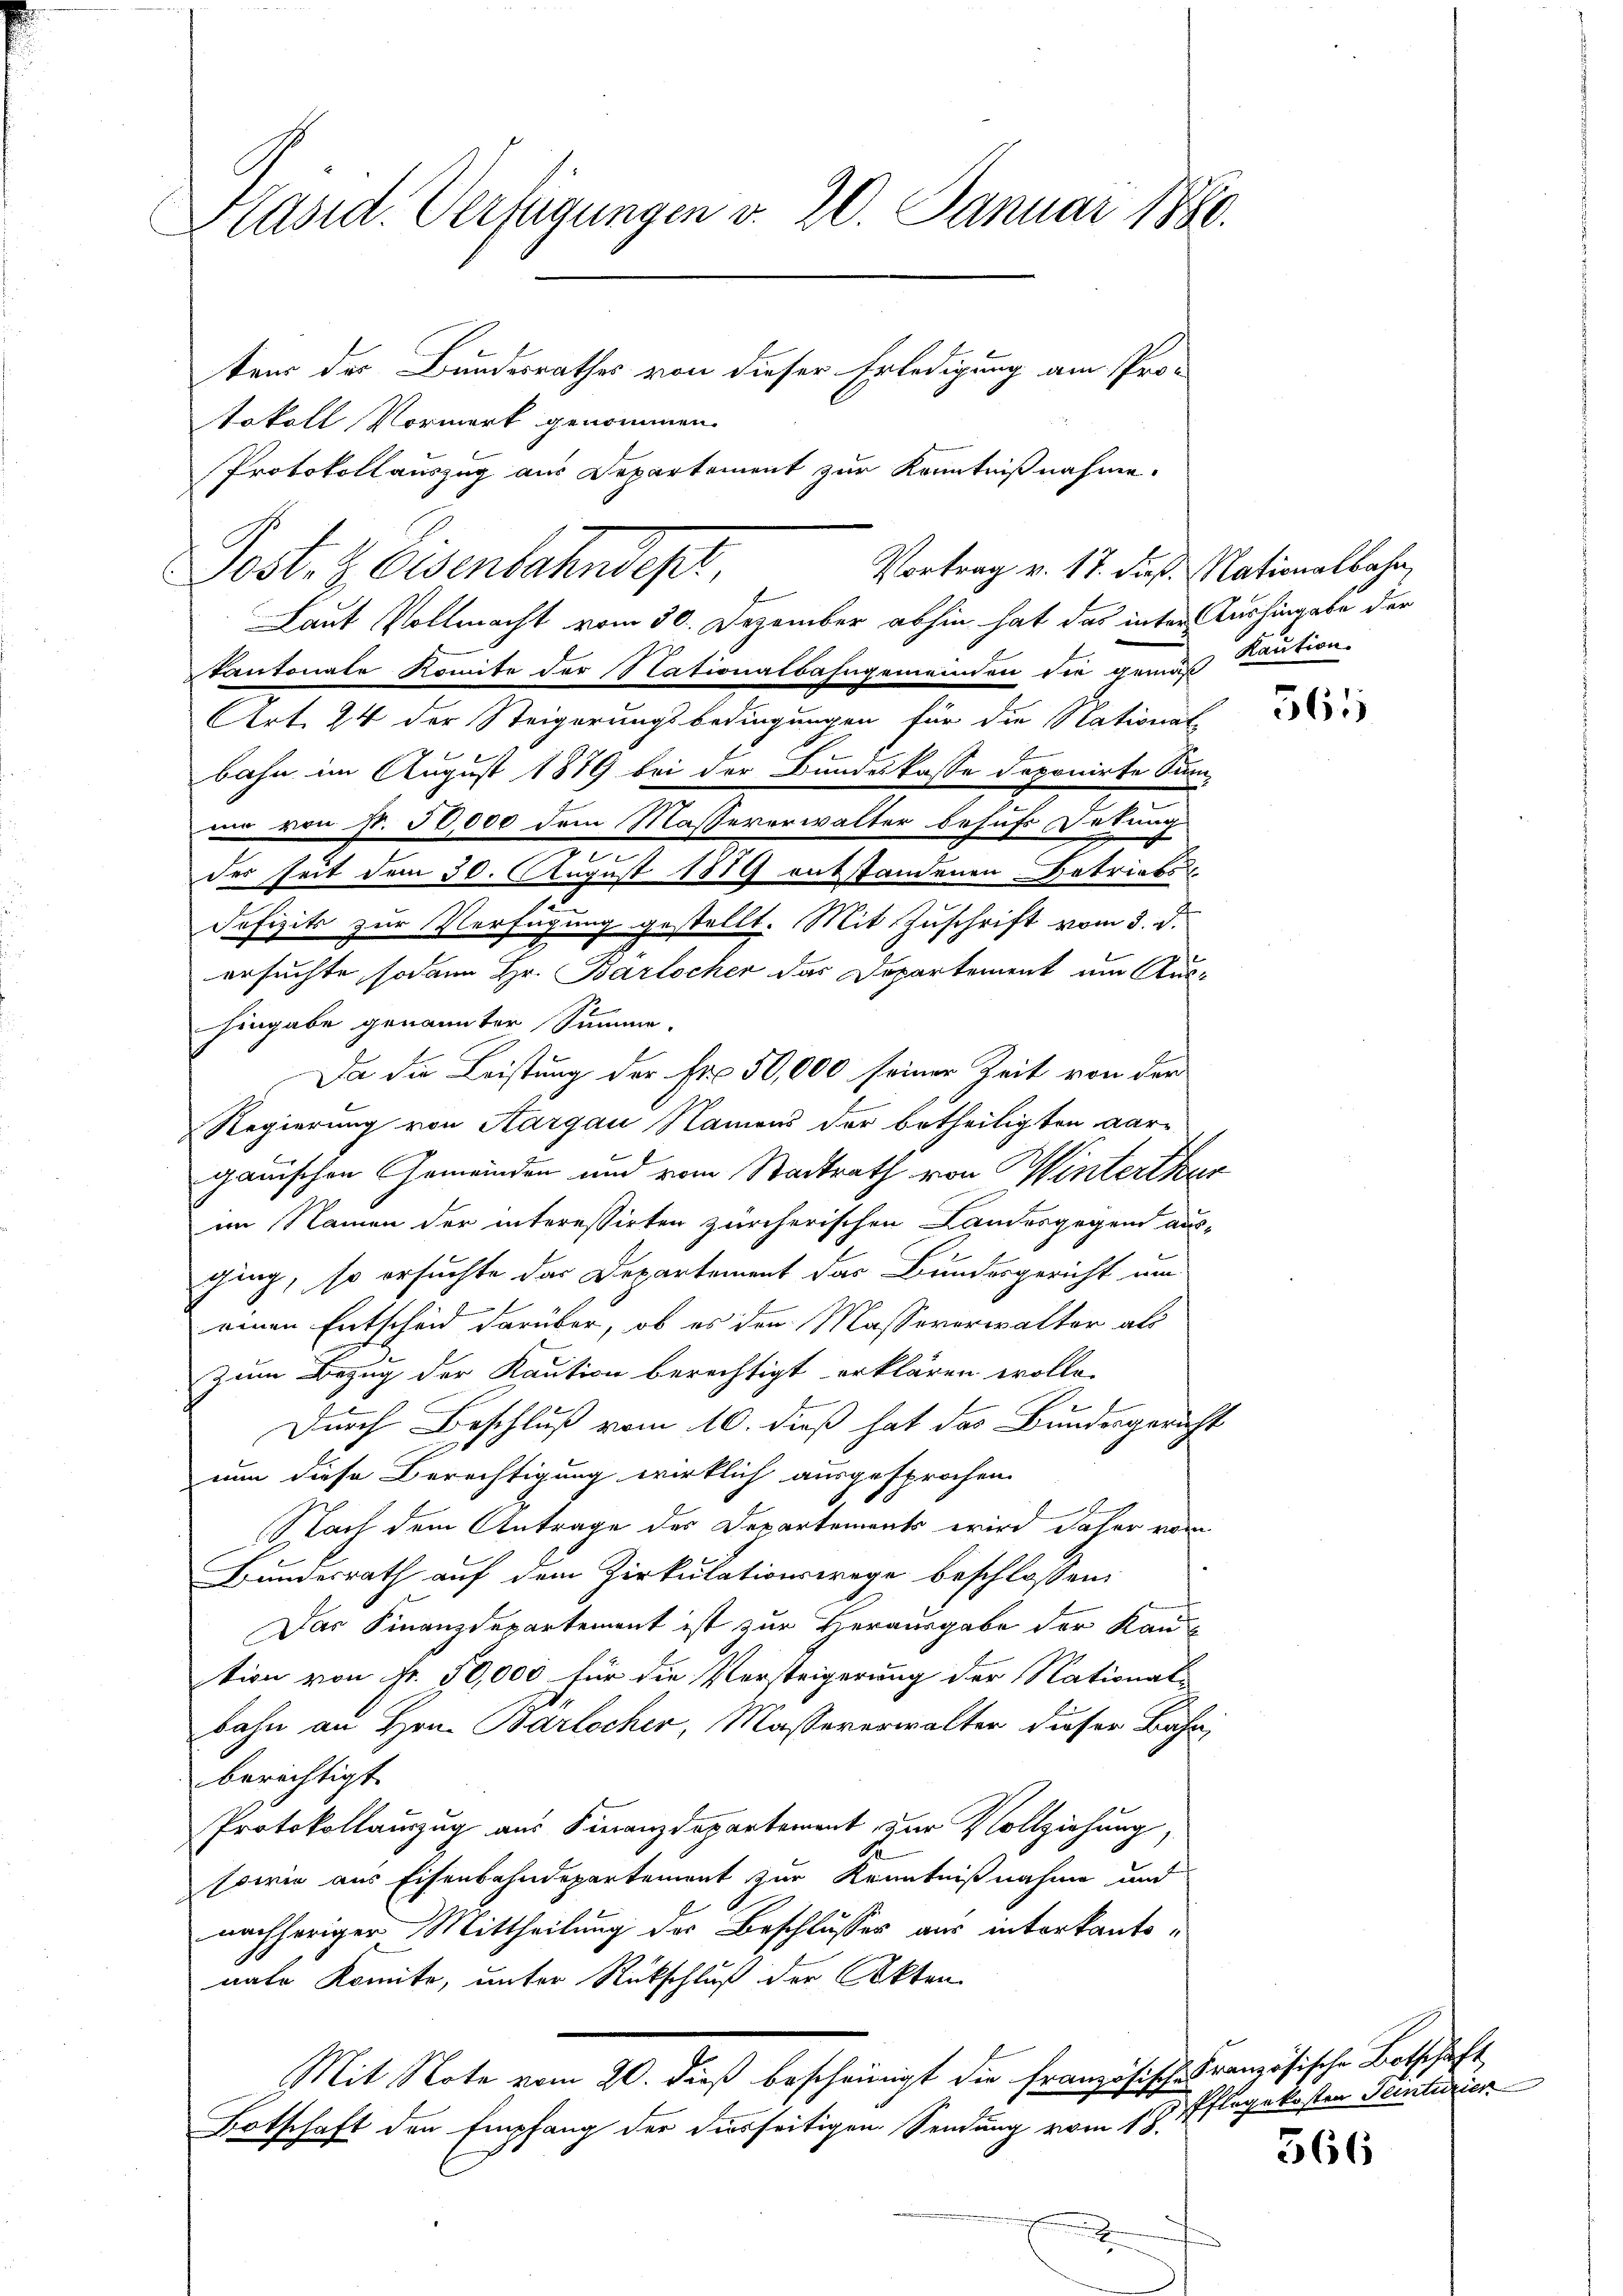
Präsid. Verfügungen v. 20. Januar 1886.

tens der Bundesrathes von dieser Erledigung am Protokoll Vormerk genommen.
Protokollauszug aus Departement zur Kenntnißnahme.
Vortrag v. 17. dieß Nationalbahn,
Post. Eisenbahndept,
Laut Vollmacht vom 30. Dezember abhin hat das inter Aushingabe der
kantonale Komite der Nationalbahngemeinden die gemäß Kaution.
AArt. 24 der Steigerungsbedingungen für die National
bahn im August 1879 bei der Bundeskasse davonirte Sum-
am von Nr. 5000 dem Massererwalten besuche Gesung
.
.
der seit dem 30. August 1879 entstandenen Betriebs
defizits zur Verfügung gestellt. Mit Zuschrift vom 3. d.
ersuchte, sodann Hr. Barlocher das Departement um Aus-
hingabe genannter Summe.
Da die Leistung der Fr. 50,000 seiner Zeit von der
Regierung von Aargau Namens der betheiligten Aar-
ganischen Gemeinden und vom Stadtrath von Winterthur
im Namen der interessirten zürcherischen Landesgegend aus-
ging, so ersuchte das Departement das Bundesgericht um
x
reren Entscheid darüber, ob es den Massererwalter als
zum Bezug der Kaution berechtigt erklären wolle.
Durch Beschluß vom 10. dieß hat das Bundesgericht
nun diese Berechtigung wirklich ausgesprochen.
6
Nach dem Antrage des Departements wird daher vom
Bundesrath auf dem Zirkulationswege beschlossen:
Das Finanzdepartement ist zur Herausgabe der Kau
tion von Nr. 50,000 für die Versteigerung der National-
bahn an Hrn. Barlocher, Massererwalter dieser Bahnberichtigt.
Protokollauszug aus Finanzdepartement, zur Vollziehung,
sowie aus Eisenbahndepartement zur Kenntnißnahme und
nachheriger Mittheilung des Beschlusser aus interkantonahe komite, unter Rückschluß der Akten
Mit Note vom 20. dieß bescheinigt die Französisch-Französische Botschaft
Botschaft den Empfang der diesseitigen Sendung vom 18.

565

Pflegekosten Teinturier

366